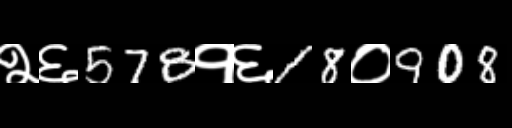
Text: २६578१६18०908